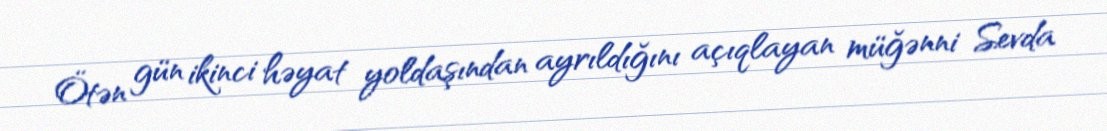
Ötən gün ikinci həyat yoldaşından ayrıldığını açıqlayan müğənni Sevda